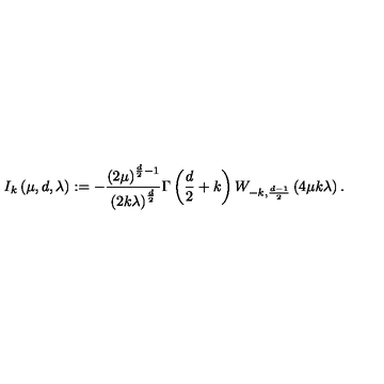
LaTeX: I _ { k } \left( \mu , d , \lambda \right) : = - \frac { \left( 2 \mu \right) ^ { \frac { d } { 2 } - 1 } } { \left( 2 k \lambda \right) ^ { \frac { d } { 2 } } } \Gamma \left( \frac { d } { 2 } + k \right) W _ { - k , \frac { d - 1 } { 2 } } \left( 4 \mu k \lambda \right) .